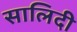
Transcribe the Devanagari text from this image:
सालिदी